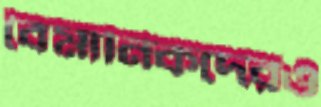
বৈমানিকদেরও